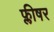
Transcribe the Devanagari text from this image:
फ्लीषर